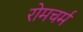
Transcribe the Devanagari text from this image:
रोमचर्म